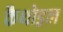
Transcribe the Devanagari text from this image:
कैथोड्रल